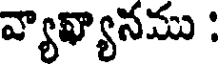
వ్యాఖ్యానము :